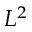
L ^ { 2 }